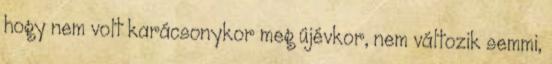
hogy nem volt karácsonykor meg újévkor, nem változik semmi,